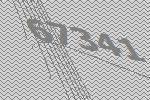
67341